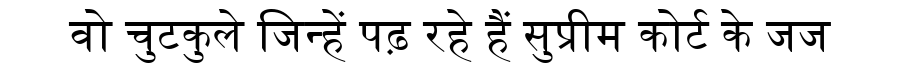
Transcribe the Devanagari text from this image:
वो चुटकुले जिन्हें पढ़ रहे हैं सुप्रीम कोर्ट के जज